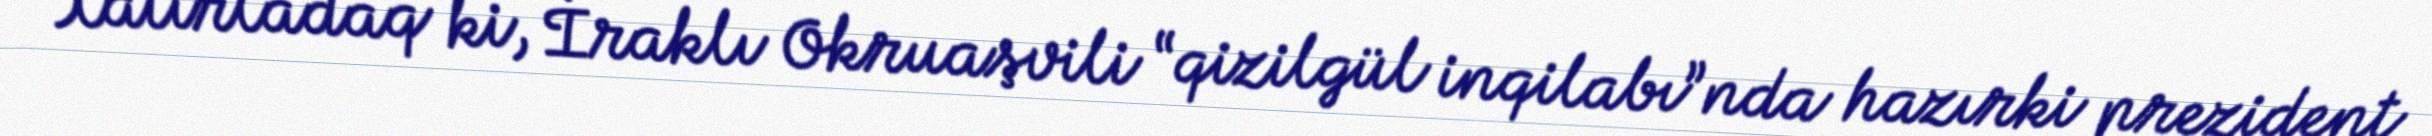
Xatırladaq ki, İraklı Okruaşvili “qizilgül inqilabı”nda hazırki prezident